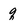
Character: q